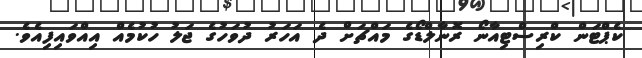
ކެޕްޓަން ކްރިސްޓިއާނޯ ރޮނާލްޑޯގެ މައްޗަށް ދެ އަހަރު ދުވަހުގެ ޖަލު ހުކުމެއް އިއްވައިފިއެވެ.